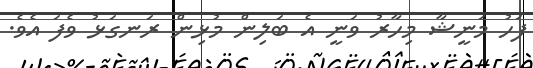
ފަހު މަނީޝާ މިހާރު ވަނީ އެ ބަލިން މުޅިން ރަނގަޅު ވެފަ އެވެ.